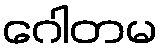
ဂေါတမ